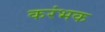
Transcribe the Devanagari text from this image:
करंभक